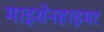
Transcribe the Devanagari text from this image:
माइसेनहाइमर